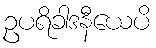
ဥပရိခါဒနီယေပိ